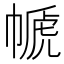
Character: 㡗